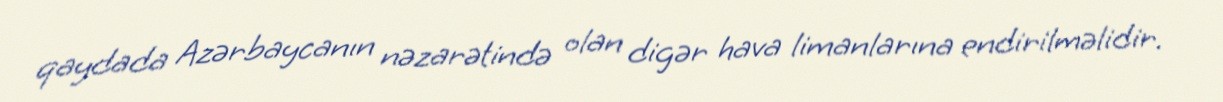
qaydada Azərbaycanın nəzarətində olan digər hava limanlarına endirilməlidir.